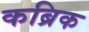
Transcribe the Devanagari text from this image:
कब्रिक